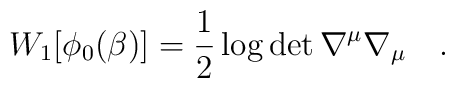
W_1[\phi_0(\beta)]=\frac 12 \log \det  \nabla^{\mu}\nabla_{\mu}~~~.